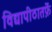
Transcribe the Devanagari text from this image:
विद्यापीठातर्फ़े